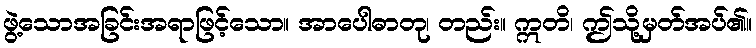
ဖွဲ့သောအခြင်းအရာဖြင့်သော။ အာပေါဓာတု၊ တည်း။ ဣတိ၊ ဤသို့မှတ်အပ်၏။